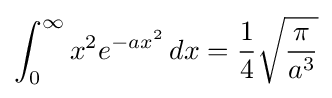
\int _{0}^{\infty }{x^{2}e^{-ax^{2}}\,dx}={\frac {1}{4}}{\sqrt {\frac {\pi }{a^{3}}}}